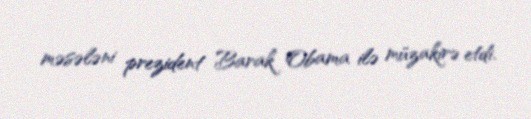
məsələni prezident Barak Obama ilə müzakirə etdi.